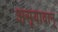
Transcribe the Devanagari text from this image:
असूयावान्